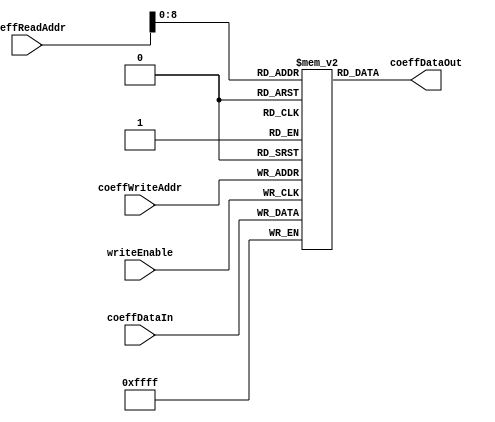
//Yu Feng and Luke Allen

`timescale 1ns / 1ps
`define COEFF_SIZE 512
module COEFF_MEM(
// 	readyForData,
	coeffReadAddr,
	coeffWriteAddr,
	coeffDataIn,
	coeffDataOut,
	writeEnable
	);

	
	input [9:0] coeffReadAddr;
	input [8:0] coeffWriteAddr;
	input [15:0] coeffDataIn;
	output reg [15:0] coeffDataOut;
	reg [15:0] COEFF_DATA [0:`COEFF_SIZE - 1];
// 	input readyForData;
	input writeEnable;
	
	always @(posedge writeEnable) begin //write
		COEFF_DATA[coeffWriteAddr] = coeffDataIn;
		//$display("(In COEFF MEM): Data just wrote was COEFF_DATA[%d] = %h", coeffWriteAddr, COEFF_DATA[coeffWriteAddr]);
	end//end always @ (posedge writeEnable)

	always @(coeffReadAddr) begin
		coeffDataOut = COEFF_DATA[coeffReadAddr];
		//$display("(In COEFF MEM): Data just read was COEFF_DATA[%d] = %h", coeffReadAddr, COEFF_DATA[coeffReadAddr]);
	end

endmodule